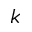
k